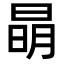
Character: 𣇵